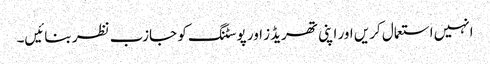
انہیں استعمال کریں اور اپنی تھریڈز اور پوسٹنگ کو جازب نظر بنائیں۔